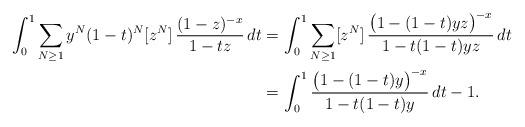
LaTeX: \begin{align*}\int_0^1\sum_{N\ge 1}y^N(1-t)^N [z^N] \,\frac{(1-z)^{-x}}{1-tz}\,dt=&\,\int_0^1\sum_{N\ge 1}[z^N]\,\frac{\bigl(1-(1-t)yz\bigr)^{-x}}{1-t(1-t)yz}\,dt\\=&\,\int_0^1\frac{\bigl(1-(1-t)y\bigr)^{-x}}{1-t(1-t)y}\,dt -1.\end{align*}